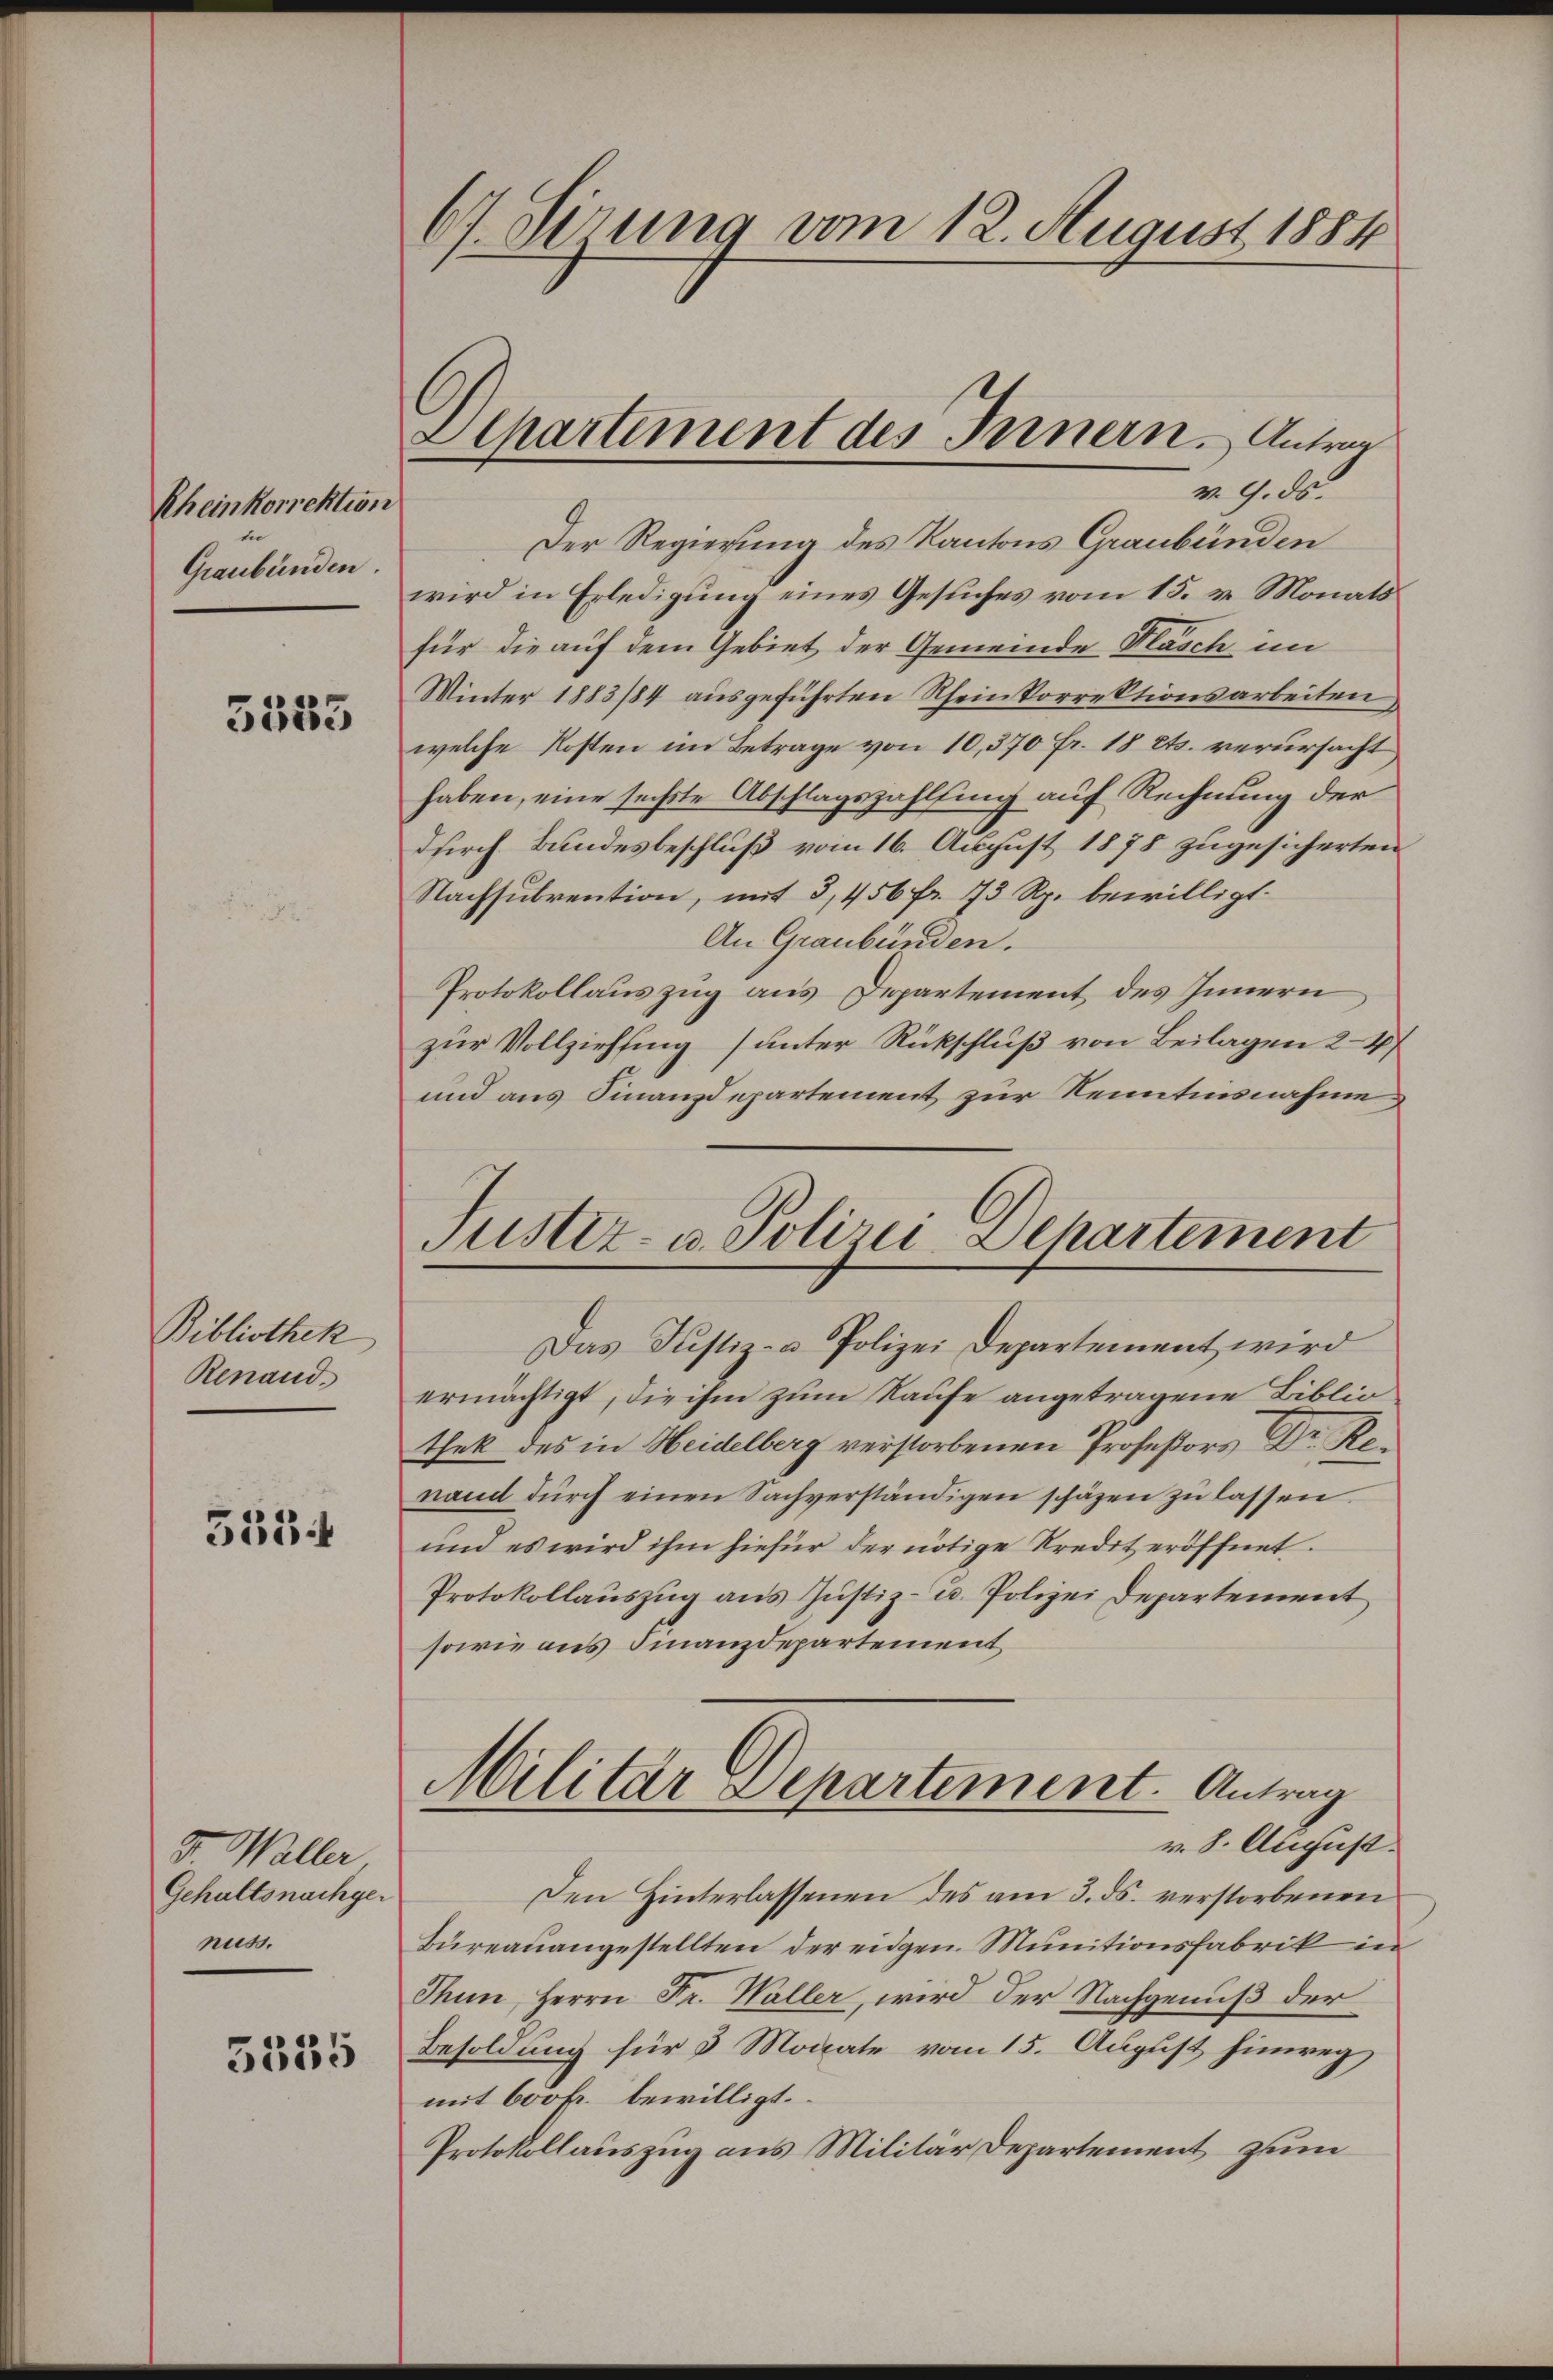
Rheinkorrektio
Graubünden.

5553

Bibliothek
Renaud,

5534

5.r. Waller
Gehaltsnachgenuss.

5335

67.dirung vom 12. August 1884

¬
Der Regierung des Kantons Graubünden
wird in Erledigung eines Gesuches vom 15. v. Monatsfür die auf dem Gebiet der Gemeinde Flasch im
Winter 1883/84 ausgeführten Scheinkorrektionsarbeiten,
welche Kosten im Betrage von 10,370 fr. 18 cts. verursacht
haben, eine sechste Abschlagszahlfing auf Rechnung der
durch Bundesbeschluß vom 16. August 1878 zugesicherten
Nachsubvention, mit 3,456 fr. 73 Rp. bewilligt.
An Graubünden.
Protokollauszug aus Departement des Innern
zur Vollziehung (unter Rückschluß von Beilagen 24
und aus Finanzdepartement zur Kenntnisnahme

Apartement des Innern. Antrag
v. 9. ds.

Justiz- u. Polizei-Departement

Das Justiz- u Polizei Departement wird
ermächtigt, die ihm zum Raufe angetragene Bibliothek des in Heidelberg verstorbenen Profeßors Dr. Renamd dŭrch einen Sachverständigen schäzen zŭ lassen.
und es wird ihm hiefür der nötige Kredit eröffnet.
Protokollauszug aus Justiz- u. Polizei Departement
sowie aus Finanzdepartement
Militar Departement. Antrag
v. 8. August.
Den Hinterlassenen des am 3. ds. verstorbenen
Bureauangestellten der eidgen. Munitionsfabrik in
Thun, Herrn Fr. Waller, wird der Nachgenuß der
Besoldung für 3 Monate vom 15. August hinweg
mit Cook bewilligt.
Protokollauszug aus Militar Departement zum